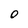
Character: O